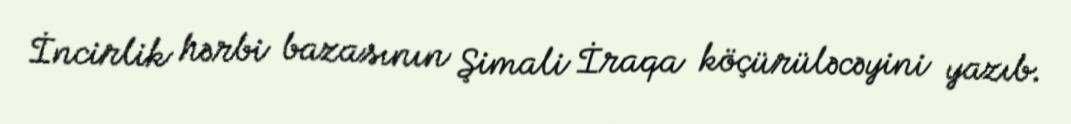
İncirlik hərbi bazasının Şimali İraqa köçürüləcəyini yazıb.